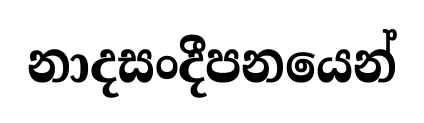
නාදසංදීපනයෙන්